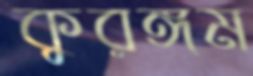
কুরঙ্গম